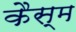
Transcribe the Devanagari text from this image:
कैस्म